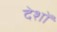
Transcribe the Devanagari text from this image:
देशों